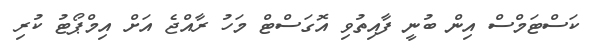
ކަސްޓަމްސް އިން ބުނީ ފާއިތުވި އޮގަސްޓް މަހު ރާއްޖެ އަށް އިމްޕޯޓު ކުރި